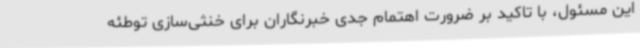
این مسئول، با تاکید بر ضرورت اهتمام جدی خبرنگاران برای خنثی‌سازی توطئه